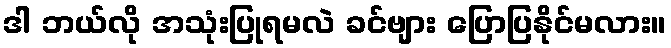
ဒါ ဘယ်လို အသုံးပြုရမလဲ ခင်ဗျား ပြောပြနိုင်မလား။